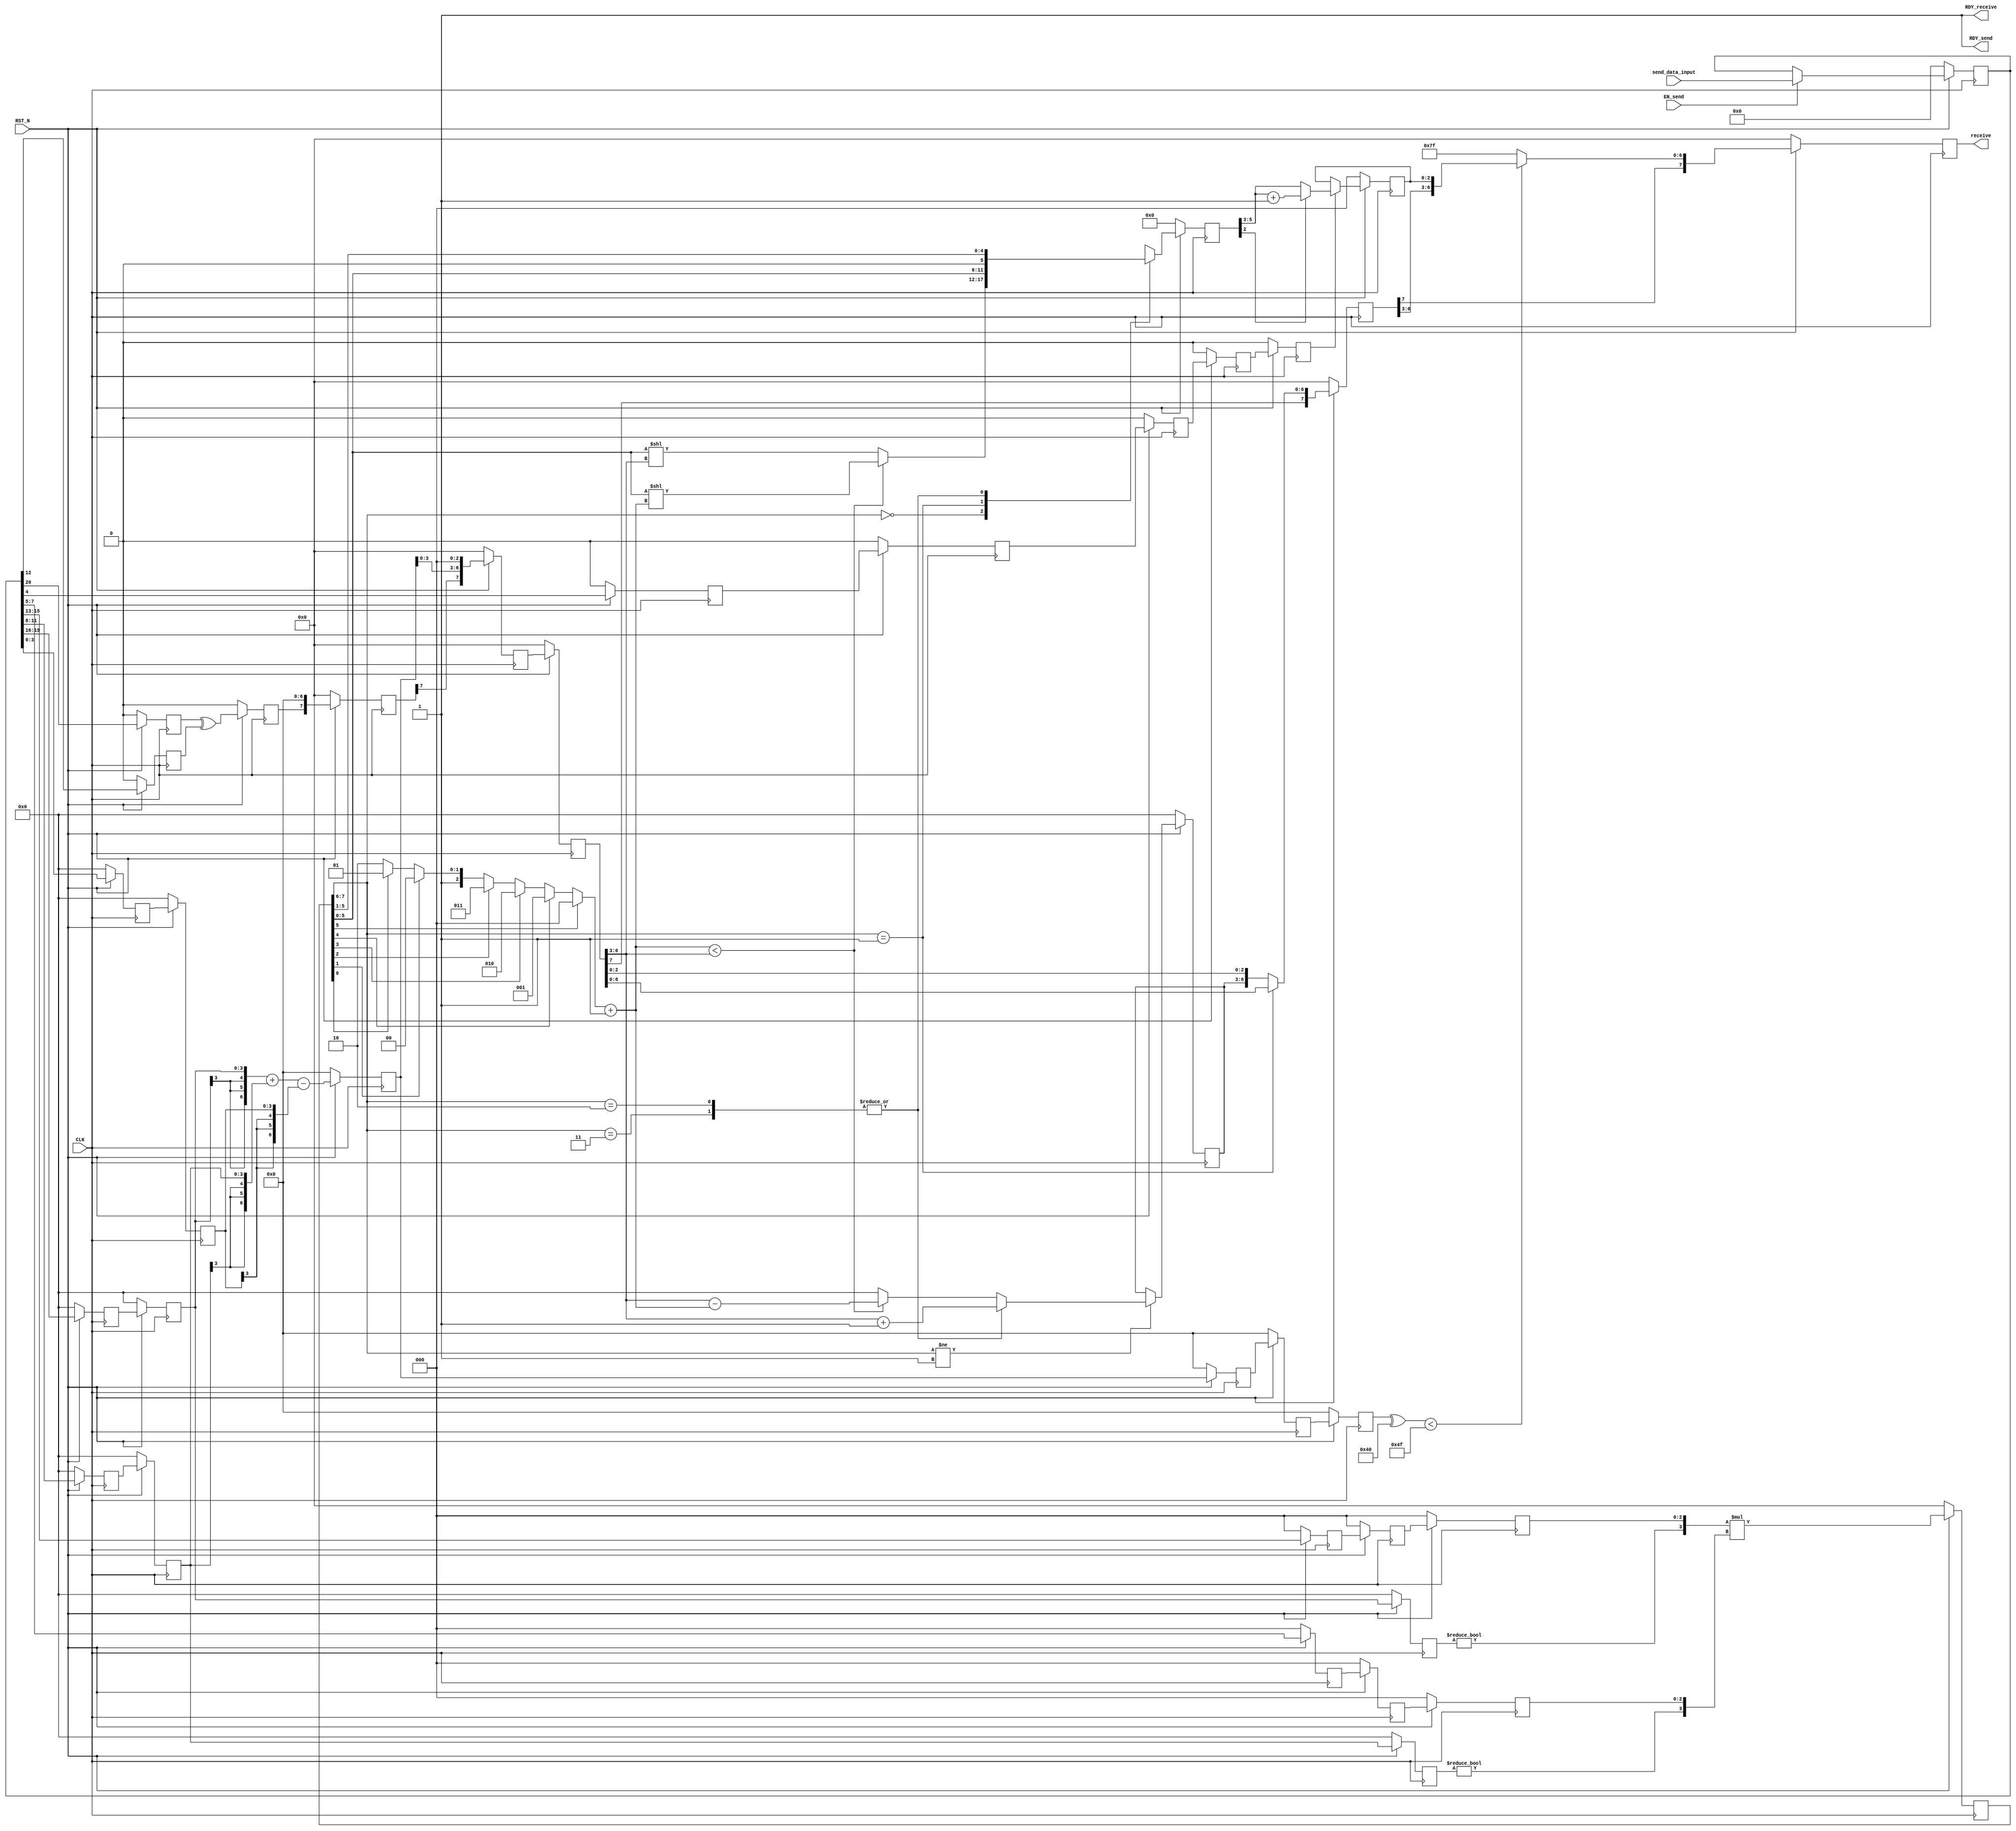
//
// Generated by Bluespec Compiler, version 2022.01-10-g3a4741b2 (build 3a4741b2)
//
// On Thu Dec 14 11:07:30 IST 2023
//
//
// Ports:
// Name                         I/O  size props
// RDY_send                       O     1 const
// receive                        O     8 reg
// RDY_receive                    O     1 const
// CLK                            I     1 clock
// RST_N                          I     1 reset
// send_data_input                I    21 reg
// EN_send                        I     1
//
// No combinational paths from inputs to outputs
//
//

`ifdef BSV_ASSIGNMENT_DELAY
`else
  `define BSV_ASSIGNMENT_DELAY
`endif

`ifdef BSV_POSITIVE_RESET
  `define BSV_RESET_VALUE 1'b1
  `define BSV_RESET_EDGE posedge
`else
  `define BSV_RESET_VALUE 1'b0
  `define BSV_RESET_EDGE negedge
`endif

module cfloat8_mul(CLK,
		   RST_N,

		   send_data_input,
		   EN_send,
		   RDY_send,

		   receive,
		   RDY_receive);
  input  CLK;
  input  RST_N;

  // action method send
  input  [20 : 0] send_data_input;
  input  EN_send;
  output RDY_send;

  // value method receive
  output [7 : 0] receive;
  output RDY_receive;

  // signals for module outputs
  wire [7 : 0] receive;
  wire RDY_receive, RDY_send;

  // register buffer1_bias
  reg [3 : 0] buffer1_bias;
  wire [3 : 0] buffer1_bias$D_IN;
  wire buffer1_bias$EN;

  // register buffer1_exp1
  reg [3 : 0] buffer1_exp1;
  wire [3 : 0] buffer1_exp1$D_IN;
  wire buffer1_exp1$EN;

  // register buffer1_exp2
  reg [3 : 0] buffer1_exp2;
  wire [3 : 0] buffer1_exp2$D_IN;
  wire buffer1_exp2$EN;

  // register buffer1_man1
  reg [2 : 0] buffer1_man1;
  wire [2 : 0] buffer1_man1$D_IN;
  wire buffer1_man1$EN;

  // register buffer1_man2
  reg [2 : 0] buffer1_man2;
  wire [2 : 0] buffer1_man2$D_IN;
  wire buffer1_man2$EN;

  // register buffer1_rmode
  reg buffer1_rmode;
  wire buffer1_rmode$D_IN, buffer1_rmode$EN;

  // register buffer1_sign1
  reg buffer1_sign1;
  wire buffer1_sign1$D_IN, buffer1_sign1$EN;

  // register buffer1_sign2
  reg buffer1_sign2;
  wire buffer1_sign2$D_IN, buffer1_sign2$EN;

  // register buffer2_bias
  reg [3 : 0] buffer2_bias;
  wire [3 : 0] buffer2_bias$D_IN;
  wire buffer2_bias$EN;

  // register buffer2_exp1
  reg [3 : 0] buffer2_exp1;
  wire [3 : 0] buffer2_exp1$D_IN;
  wire buffer2_exp1$EN;

  // register buffer2_exp2
  reg [3 : 0] buffer2_exp2;
  wire [3 : 0] buffer2_exp2$D_IN;
  wire buffer2_exp2$EN;

  // register buffer2_man1
  reg [2 : 0] buffer2_man1;
  wire [2 : 0] buffer2_man1$D_IN;
  wire buffer2_man1$EN;

  // register buffer2_man2
  reg [2 : 0] buffer2_man2;
  wire [2 : 0] buffer2_man2$D_IN;
  wire buffer2_man2$EN;

  // register buffer2_rmode
  reg buffer2_rmode;
  wire buffer2_rmode$D_IN, buffer2_rmode$EN;

  // register buffer2_sign1
  reg buffer2_sign1;
  wire buffer2_sign1$D_IN, buffer2_sign1$EN;

  // register buffer2_sign2
  reg buffer2_sign2;
  wire buffer2_sign2$D_IN, buffer2_sign2$EN;

  // register buffer3_bias
  reg [3 : 0] buffer3_bias;
  wire [3 : 0] buffer3_bias$D_IN;
  wire buffer3_bias$EN;

  // register buffer3_exp
  reg [3 : 0] buffer3_exp;
  wire [3 : 0] buffer3_exp$D_IN;
  wire buffer3_exp$EN;

  // register buffer3_exp1
  reg [3 : 0] buffer3_exp1;
  wire [3 : 0] buffer3_exp1$D_IN;
  wire buffer3_exp1$EN;

  // register buffer3_exp2
  reg [3 : 0] buffer3_exp2;
  wire [3 : 0] buffer3_exp2$D_IN;
  wire buffer3_exp2$EN;

  // register buffer3_man1
  reg [2 : 0] buffer3_man1;
  wire [2 : 0] buffer3_man1$D_IN;
  wire buffer3_man1$EN;

  // register buffer3_man2
  reg [2 : 0] buffer3_man2;
  wire [2 : 0] buffer3_man2$D_IN;
  wire buffer3_man2$EN;

  // register buffer3_rmode
  reg buffer3_rmode;
  wire buffer3_rmode$D_IN, buffer3_rmode$EN;

  // register buffer3_sign1
  reg buffer3_sign1;
  wire buffer3_sign1$D_IN, buffer3_sign1$EN;

  // register buffer3_sign2
  reg buffer3_sign2;
  wire buffer3_sign2$D_IN, buffer3_sign2$EN;

  // register buffer4_bias
  reg [3 : 0] buffer4_bias;
  wire [3 : 0] buffer4_bias$D_IN;
  wire buffer4_bias$EN;

  // register buffer4_exp
  reg [3 : 0] buffer4_exp;
  wire [3 : 0] buffer4_exp$D_IN;
  wire buffer4_exp$EN;

  // register buffer4_exp1
  reg [3 : 0] buffer4_exp1;
  wire [3 : 0] buffer4_exp1$D_IN;
  wire buffer4_exp1$EN;

  // register buffer4_exp2
  reg [3 : 0] buffer4_exp2;
  wire [3 : 0] buffer4_exp2$D_IN;
  wire buffer4_exp2$EN;

  // register buffer4_man1
  reg [2 : 0] buffer4_man1;
  wire [2 : 0] buffer4_man1$D_IN;
  wire buffer4_man1$EN;

  // register buffer4_man2
  reg [2 : 0] buffer4_man2;
  wire [2 : 0] buffer4_man2$D_IN;
  wire buffer4_man2$EN;

  // register buffer4_rmode
  reg buffer4_rmode;
  wire buffer4_rmode$D_IN, buffer4_rmode$EN;

  // register buffer4_sign1
  reg buffer4_sign1;
  wire buffer4_sign1$D_IN, buffer4_sign1$EN;

  // register buffer4_sign2
  reg buffer4_sign2;
  wire buffer4_sign2$D_IN, buffer4_sign2$EN;

  // register buffer5_bias
  reg [3 : 0] buffer5_bias;
  wire [3 : 0] buffer5_bias$D_IN;
  wire buffer5_bias$EN;

  // register buffer5_rmode
  reg buffer5_rmode;
  wire buffer5_rmode$D_IN, buffer5_rmode$EN;

  // register exp_op1
  reg [3 : 0] exp_op1;
  wire [3 : 0] exp_op1$D_IN;
  wire exp_op1$EN;

  // register exp_op2
  reg [3 : 0] exp_op2;
  wire [3 : 0] exp_op2$D_IN;
  wire exp_op2$EN;

  // register final_bias
  reg [3 : 0] final_bias;
  wire [3 : 0] final_bias$D_IN;
  wire final_bias$EN;

  // register final_exp
  reg [6 : 0] final_exp;
  wire [6 : 0] final_exp$D_IN;
  wire final_exp$EN;

  // register final_man
  reg [7 : 0] final_man;
  wire [7 : 0] final_man$D_IN;
  wire final_man$EN;

  // register final_sign
  reg final_sign;
  wire final_sign$D_IN, final_sign$EN;

  // register man_op1
  reg [2 : 0] man_op1;
  wire [2 : 0] man_op1$D_IN;
  wire man_op1$EN;

  // register man_op2
  reg [2 : 0] man_op2;
  wire [2 : 0] man_op2$D_IN;
  wire man_op2$EN;

  // register normalized_count
  reg [3 : 0] normalized_count;
  wire [3 : 0] normalized_count$D_IN;
  wire normalized_count$EN;

  // register normalized_exp
  reg [3 : 0] normalized_exp;
  reg [3 : 0] normalized_exp$D_IN;
  wire normalized_exp$EN;

  // register normalized_man
  reg [5 : 0] normalized_man;
  reg [5 : 0] normalized_man$D_IN;
  wire normalized_man$EN;

  // register output_man
  reg [2 : 0] output_man;
  wire [2 : 0] output_man$D_IN;
  wire output_man$EN;

  // register rg_operands
  reg [20 : 0] rg_operands;
  wire [20 : 0] rg_operands$D_IN;
  wire rg_operands$EN;

  // register rounded_man
  reg [2 : 0] rounded_man;
  wire [2 : 0] rounded_man$D_IN;
  wire rounded_man$EN;

  // register sign_op1
  reg sign_op1;
  wire sign_op1$D_IN, sign_op1$EN;

  // register sign_op2
  reg sign_op2;
  wire sign_op2$D_IN, sign_op2$EN;

  // register stage
  reg [2 : 0] stage;
  wire [2 : 0] stage$D_IN;
  wire stage$EN;

  // register stage1_output
  reg [7 : 0] stage1_output;
  wire [7 : 0] stage1_output$D_IN;
  wire stage1_output$EN;

  // register stage2_output
  reg [7 : 0] stage2_output;
  wire [7 : 0] stage2_output$D_IN;
  wire stage2_output$EN;

  // register stage3_output
  reg [7 : 0] stage3_output;
  wire [7 : 0] stage3_output$D_IN;
  wire stage3_output$EN;

  // register stage4_output
  reg [7 : 0] stage4_output;
  wire [7 : 0] stage4_output$D_IN;
  wire stage4_output$EN;

  // register stage5_output
  reg [7 : 0] stage5_output;
  wire [7 : 0] stage5_output$D_IN;
  wire stage5_output$EN;

  // register status_flags
  reg [2 : 0] status_flags;
  wire [2 : 0] status_flags$D_IN;
  wire status_flags$EN;

  // register temp2_exp_int
  reg [6 : 0] temp2_exp_int;
  wire [6 : 0] temp2_exp_int$D_IN;
  wire temp2_exp_int$EN;

  // register temp3_exp_int
  reg [6 : 0] temp3_exp_int;
  wire [6 : 0] temp3_exp_int$D_IN;
  wire temp3_exp_int$EN;

  // register temp4_exp_int
  reg [6 : 0] temp4_exp_int;
  wire [6 : 0] temp4_exp_int$D_IN;
  wire temp4_exp_int$EN;

  // register temp5_exp_int
  reg [6 : 0] temp5_exp_int;
  wire [6 : 0] temp5_exp_int$D_IN;
  wire temp5_exp_int$EN;

  // rule scheduling signals
  wire CAN_FIRE_RL_stage1,
       CAN_FIRE_RL_stage2,
       CAN_FIRE_RL_stage3,
       CAN_FIRE_RL_stage4,
       CAN_FIRE_RL_stage5,
       CAN_FIRE_send,
       WILL_FIRE_RL_stage1,
       WILL_FIRE_RL_stage2,
       WILL_FIRE_RL_stage3,
       WILL_FIRE_RL_stage4,
       WILL_FIRE_RL_stage5,
       WILL_FIRE_send;

  // remaining internal signals
  wire [15 : 0] _0_CONCAT_NOT_buffer3_exp1_1_EQ_0_2_3_CONCAT_bu_ETC___d53;
  wire [7 : 0] inter_mantissa1__h3123, inter_mantissa2__h3124;
  wire [5 : 0] IF_0_CONCAT_IF_final_man_1_BIT_5_0_THEN_0_ELSE_ETC___d89,
	       x__h4722,
	       x__h4785,
	       x__h4852;
  wire [3 : 0] count_temp__h3621, x__h3155, x__h3163, x__h4924, x__h4985;
  wire [2 : 0] rounded_value__h5244, x__h3624;
  wire _0_CONCAT_IF_final_man_1_BIT_5_0_THEN_0_ELSE_IF_ETC___d86,
       hidden_bit_op1__h3121,
       hidden_bit_op2__h3122;

  // action method send
  assign RDY_send = 1'd1 ;
  assign CAN_FIRE_send = 1'd1 ;
  assign WILL_FIRE_send = EN_send ;

  // value method receive
  assign receive = stage5_output ;
  assign RDY_receive = 1'd1 ;

  // rule RL_stage5
  assign CAN_FIRE_RL_stage5 = 1'd1 ;
  assign WILL_FIRE_RL_stage5 = 1'd1 ;

  // rule RL_stage4
  assign CAN_FIRE_RL_stage4 = 1'd1 ;
  assign WILL_FIRE_RL_stage4 = 1'd1 ;

  // rule RL_stage3
  assign CAN_FIRE_RL_stage3 = 1'd1 ;
  assign WILL_FIRE_RL_stage3 = 1'd1 ;

  // rule RL_stage2
  assign CAN_FIRE_RL_stage2 = 1'd1 ;
  assign WILL_FIRE_RL_stage2 = 1'd1 ;

  // rule RL_stage1
  assign CAN_FIRE_RL_stage1 = 1'd1 ;
  assign WILL_FIRE_RL_stage1 = 1'd1 ;

  // register buffer1_bias
  assign buffer1_bias$D_IN = rg_operands[3:0] ;
  assign buffer1_bias$EN = 1'd1 ;

  // register buffer1_exp1
  assign buffer1_exp1$D_IN = rg_operands[19:16] ;
  assign buffer1_exp1$EN = 1'd1 ;

  // register buffer1_exp2
  assign buffer1_exp2$D_IN = rg_operands[11:8] ;
  assign buffer1_exp2$EN = 1'd1 ;

  // register buffer1_man1
  assign buffer1_man1$D_IN = rg_operands[15:13] ;
  assign buffer1_man1$EN = 1'd1 ;

  // register buffer1_man2
  assign buffer1_man2$D_IN = rg_operands[7:5] ;
  assign buffer1_man2$EN = 1'd1 ;

  // register buffer1_rmode
  assign buffer1_rmode$D_IN = rg_operands[4] ;
  assign buffer1_rmode$EN = 1'd1 ;

  // register buffer1_sign1
  assign buffer1_sign1$D_IN = rg_operands[20] ;
  assign buffer1_sign1$EN = 1'd1 ;

  // register buffer1_sign2
  assign buffer1_sign2$D_IN = rg_operands[12] ;
  assign buffer1_sign2$EN = 1'd1 ;

  // register buffer2_bias
  assign buffer2_bias$D_IN = buffer1_bias ;
  assign buffer2_bias$EN = 1'd1 ;

  // register buffer2_exp1
  assign buffer2_exp1$D_IN = buffer1_exp1 ;
  assign buffer2_exp1$EN = 1'd1 ;

  // register buffer2_exp2
  assign buffer2_exp2$D_IN = buffer1_exp2 ;
  assign buffer2_exp2$EN = 1'd1 ;

  // register buffer2_man1
  assign buffer2_man1$D_IN = buffer1_man1 ;
  assign buffer2_man1$EN = 1'd1 ;

  // register buffer2_man2
  assign buffer2_man2$D_IN = buffer1_man2 ;
  assign buffer2_man2$EN = 1'd1 ;

  // register buffer2_rmode
  assign buffer2_rmode$D_IN = buffer1_rmode ;
  assign buffer2_rmode$EN = 1'd1 ;

  // register buffer2_sign1
  assign buffer2_sign1$D_IN = buffer1_sign1 ;
  assign buffer2_sign1$EN = 1'd1 ;

  // register buffer2_sign2
  assign buffer2_sign2$D_IN = buffer1_sign2 ;
  assign buffer2_sign2$EN = 1'd1 ;

  // register buffer3_bias
  assign buffer3_bias$D_IN = buffer2_bias ;
  assign buffer3_bias$EN = 1'd1 ;

  // register buffer3_exp
  assign buffer3_exp$D_IN = stage2_output[6:3] ;
  assign buffer3_exp$EN = 1'd1 ;

  // register buffer3_exp1
  assign buffer3_exp1$D_IN = buffer2_exp1 ;
  assign buffer3_exp1$EN = 1'd1 ;

  // register buffer3_exp2
  assign buffer3_exp2$D_IN = buffer2_exp2 ;
  assign buffer3_exp2$EN = 1'd1 ;

  // register buffer3_man1
  assign buffer3_man1$D_IN = buffer2_man1 ;
  assign buffer3_man1$EN = 1'd1 ;

  // register buffer3_man2
  assign buffer3_man2$D_IN = buffer2_man2 ;
  assign buffer3_man2$EN = 1'd1 ;

  // register buffer3_rmode
  assign buffer3_rmode$D_IN = buffer2_rmode ;
  assign buffer3_rmode$EN = 1'd1 ;

  // register buffer3_sign1
  assign buffer3_sign1$D_IN = buffer2_sign1 ;
  assign buffer3_sign1$EN = 1'd1 ;

  // register buffer3_sign2
  assign buffer3_sign2$D_IN = buffer2_sign2 ;
  assign buffer3_sign2$EN = 1'd1 ;

  // register buffer4_bias
  assign buffer4_bias$D_IN = buffer3_bias ;
  assign buffer4_bias$EN = 1'd1 ;

  // register buffer4_exp
  assign buffer4_exp$D_IN = buffer3_exp ;
  assign buffer4_exp$EN = 1'd1 ;

  // register buffer4_exp1
  assign buffer4_exp1$D_IN = buffer3_exp1 ;
  assign buffer4_exp1$EN = 1'd1 ;

  // register buffer4_exp2
  assign buffer4_exp2$D_IN = buffer3_exp2 ;
  assign buffer4_exp2$EN = 1'd1 ;

  // register buffer4_man1
  assign buffer4_man1$D_IN = buffer3_man1 ;
  assign buffer4_man1$EN = 1'd1 ;

  // register buffer4_man2
  assign buffer4_man2$D_IN = buffer3_man2 ;
  assign buffer4_man2$EN = 1'd1 ;

  // register buffer4_rmode
  assign buffer4_rmode$D_IN = buffer3_rmode ;
  assign buffer4_rmode$EN = 1'd1 ;

  // register buffer4_sign1
  assign buffer4_sign1$D_IN = buffer3_sign1 ;
  assign buffer4_sign1$EN = 1'd1 ;

  // register buffer4_sign2
  assign buffer4_sign2$D_IN = buffer3_sign2 ;
  assign buffer4_sign2$EN = 1'd1 ;

  // register buffer5_bias
  assign buffer5_bias$D_IN = buffer4_bias ;
  assign buffer5_bias$EN = 1'd1 ;

  // register buffer5_rmode
  assign buffer5_rmode$D_IN = buffer4_rmode ;
  assign buffer5_rmode$EN = 1'd1 ;

  // register exp_op1
  assign exp_op1$D_IN = 4'h0 ;
  assign exp_op1$EN = 1'b0 ;

  // register exp_op2
  assign exp_op2$D_IN = 4'h0 ;
  assign exp_op2$EN = 1'b0 ;

  // register final_bias
  assign final_bias$D_IN = 4'h0 ;
  assign final_bias$EN = 1'b0 ;

  // register final_exp
  assign final_exp$D_IN = 7'h0 ;
  assign final_exp$EN = 1'b0 ;

  // register final_man
  assign final_man$D_IN =
	     _0_CONCAT_NOT_buffer3_exp1_1_EQ_0_2_3_CONCAT_bu_ETC___d53[7:0] ;
  assign final_man$EN = 1'd1 ;

  // register final_sign
  assign final_sign$D_IN = buffer1_sign1 ^ buffer1_sign2 ;
  assign final_sign$EN = 1'd1 ;

  // register man_op1
  assign man_op1$D_IN = 3'h0 ;
  assign man_op1$EN = 1'b0 ;

  // register man_op2
  assign man_op2$D_IN = 3'h0 ;
  assign man_op2$EN = 1'b0 ;

  // register normalized_count
  assign normalized_count$D_IN = 4'h0 ;
  assign normalized_count$EN = 1'b0 ;

  // register normalized_exp
  always@(final_man or
	  _0_CONCAT_IF_final_man_1_BIT_5_0_THEN_0_ELSE_IF_ETC___d86 or
	  x__h4985 or x__h4924)
  begin
    case (final_man[7:6])
      2'b10, 2'b11: normalized_exp$D_IN = x__h4924;
      default: normalized_exp$D_IN =
		   _0_CONCAT_IF_final_man_1_BIT_5_0_THEN_0_ELSE_IF_ETC___d86 ?
		     x__h4985 :
		     4'd0;
    endcase
  end
  assign normalized_exp$EN = final_man[7:6] != 2'b01 ;

  // register normalized_man
  always@(final_man or
	  IF_0_CONCAT_IF_final_man_1_BIT_5_0_THEN_0_ELSE_ETC___d89 or
	  x__h4722)
  begin
    case (final_man[7:6])
      2'd0:
	  normalized_man$D_IN =
	      IF_0_CONCAT_IF_final_man_1_BIT_5_0_THEN_0_ELSE_ETC___d89;
      2'b01: normalized_man$D_IN = final_man[5:0];
      2'b10, 2'b11: normalized_man$D_IN = x__h4722;
    endcase
  end
  assign normalized_man$EN = 1'd1 ;

  // register output_man
  assign output_man$D_IN = 3'h0 ;
  assign output_man$EN = 1'b0 ;

  // register rg_operands
  assign rg_operands$D_IN = send_data_input ;
  assign rg_operands$EN = EN_send ;

  // register rounded_man
  assign rounded_man$D_IN =
	     normalized_man[2] ? rounded_value__h5244 : normalized_man[5:3] ;
  assign rounded_man$EN = buffer5_rmode ;

  // register sign_op1
  assign sign_op1$D_IN = 1'b0 ;
  assign sign_op1$EN = 1'b0 ;

  // register sign_op2
  assign sign_op2$D_IN = 1'b0 ;
  assign sign_op2$EN = 1'b0 ;

  // register stage
  assign stage$D_IN = 3'h0 ;
  assign stage$EN = 1'b0 ;

  // register stage1_output
  assign stage1_output$D_IN = { final_sign, 7'd0 } ;
  assign stage1_output$EN = 1'd1 ;

  // register stage2_output
  assign stage2_output$D_IN = { stage1_output[7], temp2_exp_int[3:0], 3'b0 } ;
  assign stage2_output$EN = 1'd1 ;

  // register stage3_output
  assign stage3_output$D_IN = stage2_output ;
  assign stage3_output$EN = 1'd1 ;

  // register stage4_output
  assign stage4_output$D_IN =
	     (final_man[7:6] == 2'b01) ?
	       stage3_output :
	       { stage3_output[7], normalized_exp, stage3_output[2:0] } ;
  assign stage4_output$EN = 1'd1 ;

  // register stage5_output
  assign stage5_output$D_IN =
	     { stage4_output[7],
	       ((temp5_exp_int ^ 7'h40) < 7'd79) ?
		 { stage4_output[6:3], rounded_man } :
		 7'd127 } ;
  assign stage5_output$EN = 1'd1 ;

  // register status_flags
  assign status_flags$D_IN =
	     (stage5_output[6:3] == 4'b0 && stage5_output[2:0] == 3'b0) ?
	       3'b001 :
	       ((stage5_output[6:3] == 4'b0 && stage5_output[2:0] != 3'b0) ?
		  3'b010 :
		  3'b100) ;
  assign status_flags$EN = 1'd1 ;

  // register temp2_exp_int
  assign temp2_exp_int$D_IN =
	     { {3{buffer2_exp1[3]}}, buffer2_exp1 } +
	     { {3{buffer2_exp2[3]}}, buffer2_exp2 } -
	     { {3{buffer2_bias[3]}}, buffer2_bias } ;
  assign temp2_exp_int$EN = 1'd1 ;

  // register temp3_exp_int
  assign temp3_exp_int$D_IN = temp2_exp_int ;
  assign temp3_exp_int$EN = 1'd1 ;

  // register temp4_exp_int
  assign temp4_exp_int$D_IN = temp3_exp_int ;
  assign temp4_exp_int$EN = 1'd1 ;

  // register temp5_exp_int
  assign temp5_exp_int$D_IN = temp4_exp_int ;
  assign temp5_exp_int$EN = 1'd1 ;

  // remaining internal signals
  assign IF_0_CONCAT_IF_final_man_1_BIT_5_0_THEN_0_ELSE_ETC___d89 =
	     _0_CONCAT_IF_final_man_1_BIT_5_0_THEN_0_ELSE_IF_ETC___d86 ?
	       x__h4785 :
	       x__h4852 ;
  assign _0_CONCAT_IF_final_man_1_BIT_5_0_THEN_0_ELSE_IF_ETC___d86 =
	     count_temp__h3621 < stage3_output[6:3] ;
  assign _0_CONCAT_NOT_buffer3_exp1_1_EQ_0_2_3_CONCAT_bu_ETC___d53 =
	     inter_mantissa1__h3123 * inter_mantissa2__h3124 ;
  assign count_temp__h3621 = { 1'd0, x__h3624 } ;
  assign hidden_bit_op1__h3121 = buffer3_exp1 != 4'd0 ;
  assign hidden_bit_op2__h3122 = buffer3_exp2 != 4'd0 ;
  assign inter_mantissa1__h3123 = { 4'd0, x__h3155 } ;
  assign inter_mantissa2__h3124 = { 4'd0, x__h3163 } ;
  assign rounded_value__h5244 = normalized_man[5:3] + 3'b001 ;
  assign x__h3155 = { hidden_bit_op1__h3121, buffer3_man1 } ;
  assign x__h3163 = { hidden_bit_op2__h3122, buffer3_man2 } ;
  assign x__h3624 =
	     (final_man[5] ?
		3'd0 :
		(final_man[4] ?
		   3'd1 :
		   (final_man[3] ?
		      3'd2 :
		      (final_man[2] ?
			 3'd3 :
			 (final_man[1] ?
			    3'd4 :
			    (final_man[0] ? 3'd5 : 3'd6)))))) +
	     3'd1 ;
  assign x__h4722 = { 1'd0, final_man[5:1] } ;
  assign x__h4785 = final_man[5:0] << count_temp__h3621 ;
  assign x__h4852 = final_man[5:0] << stage3_output[6:3] ;
  assign x__h4924 = stage3_output[6:3] + 4'd1 ;
  assign x__h4985 = stage3_output[6:3] - count_temp__h3621 ;

  // handling of inlined registers

  always@(posedge CLK)
  begin
    if (RST_N == `BSV_RESET_VALUE)
      begin
        buffer1_bias <= `BSV_ASSIGNMENT_DELAY 4'd0;
	buffer1_exp1 <= `BSV_ASSIGNMENT_DELAY 4'd0;
	buffer1_exp2 <= `BSV_ASSIGNMENT_DELAY 4'd0;
	buffer1_man1 <= `BSV_ASSIGNMENT_DELAY 3'd0;
	buffer1_man2 <= `BSV_ASSIGNMENT_DELAY 3'd0;
	buffer1_rmode <= `BSV_ASSIGNMENT_DELAY 1'd0;
	buffer1_sign1 <= `BSV_ASSIGNMENT_DELAY 1'd0;
	buffer1_sign2 <= `BSV_ASSIGNMENT_DELAY 1'd0;
	buffer2_bias <= `BSV_ASSIGNMENT_DELAY 4'd0;
	buffer2_exp1 <= `BSV_ASSIGNMENT_DELAY 4'd0;
	buffer2_exp2 <= `BSV_ASSIGNMENT_DELAY 4'd0;
	buffer2_man1 <= `BSV_ASSIGNMENT_DELAY 3'd0;
	buffer2_man2 <= `BSV_ASSIGNMENT_DELAY 3'd0;
	buffer2_rmode <= `BSV_ASSIGNMENT_DELAY 1'd0;
	buffer2_sign1 <= `BSV_ASSIGNMENT_DELAY 1'd0;
	buffer2_sign2 <= `BSV_ASSIGNMENT_DELAY 1'd0;
	buffer3_bias <= `BSV_ASSIGNMENT_DELAY 4'd0;
	buffer3_exp <= `BSV_ASSIGNMENT_DELAY 4'd0;
	buffer3_exp1 <= `BSV_ASSIGNMENT_DELAY 4'd0;
	buffer3_exp2 <= `BSV_ASSIGNMENT_DELAY 4'd0;
	buffer3_man1 <= `BSV_ASSIGNMENT_DELAY 3'd0;
	buffer3_man2 <= `BSV_ASSIGNMENT_DELAY 3'd0;
	buffer3_rmode <= `BSV_ASSIGNMENT_DELAY 1'd0;
	buffer3_sign1 <= `BSV_ASSIGNMENT_DELAY 1'd0;
	buffer3_sign2 <= `BSV_ASSIGNMENT_DELAY 1'd0;
	buffer4_bias <= `BSV_ASSIGNMENT_DELAY 4'd0;
	buffer4_exp <= `BSV_ASSIGNMENT_DELAY 4'd0;
	buffer4_exp1 <= `BSV_ASSIGNMENT_DELAY 4'd0;
	buffer4_exp2 <= `BSV_ASSIGNMENT_DELAY 4'd0;
	buffer4_man1 <= `BSV_ASSIGNMENT_DELAY 3'd0;
	buffer4_man2 <= `BSV_ASSIGNMENT_DELAY 3'd0;
	buffer4_rmode <= `BSV_ASSIGNMENT_DELAY 1'd0;
	buffer4_sign1 <= `BSV_ASSIGNMENT_DELAY 1'd0;
	buffer4_sign2 <= `BSV_ASSIGNMENT_DELAY 1'd0;
	buffer5_bias <= `BSV_ASSIGNMENT_DELAY 4'd0;
	buffer5_rmode <= `BSV_ASSIGNMENT_DELAY 1'd0;
	exp_op1 <= `BSV_ASSIGNMENT_DELAY 4'd0;
	exp_op2 <= `BSV_ASSIGNMENT_DELAY 4'd0;
	final_bias <= `BSV_ASSIGNMENT_DELAY 4'd0;
	final_exp <= `BSV_ASSIGNMENT_DELAY 7'd0;
	final_man <= `BSV_ASSIGNMENT_DELAY 8'd0;
	final_sign <= `BSV_ASSIGNMENT_DELAY 1'd0;
	man_op1 <= `BSV_ASSIGNMENT_DELAY 3'd0;
	man_op2 <= `BSV_ASSIGNMENT_DELAY 3'd0;
	normalized_count <= `BSV_ASSIGNMENT_DELAY 4'd0;
	normalized_exp <= `BSV_ASSIGNMENT_DELAY 4'd0;
	normalized_man <= `BSV_ASSIGNMENT_DELAY 6'd0;
	output_man <= `BSV_ASSIGNMENT_DELAY 3'd0;
	rg_operands <= `BSV_ASSIGNMENT_DELAY 21'd0;
	rounded_man <= `BSV_ASSIGNMENT_DELAY 3'd0;
	sign_op1 <= `BSV_ASSIGNMENT_DELAY 1'd0;
	sign_op2 <= `BSV_ASSIGNMENT_DELAY 1'd0;
	stage <= `BSV_ASSIGNMENT_DELAY 3'd1;
	stage1_output <= `BSV_ASSIGNMENT_DELAY 8'd0;
	stage2_output <= `BSV_ASSIGNMENT_DELAY 8'd0;
	stage3_output <= `BSV_ASSIGNMENT_DELAY 8'd0;
	stage4_output <= `BSV_ASSIGNMENT_DELAY 8'd0;
	stage5_output <= `BSV_ASSIGNMENT_DELAY 8'd0;
	status_flags <= `BSV_ASSIGNMENT_DELAY 3'd0;
	temp2_exp_int <= `BSV_ASSIGNMENT_DELAY 7'd0;
	temp3_exp_int <= `BSV_ASSIGNMENT_DELAY 7'd0;
	temp4_exp_int <= `BSV_ASSIGNMENT_DELAY 7'd0;
	temp5_exp_int <= `BSV_ASSIGNMENT_DELAY 7'd0;
      end
    else
      begin
        if (buffer1_bias$EN)
	  buffer1_bias <= `BSV_ASSIGNMENT_DELAY buffer1_bias$D_IN;
	if (buffer1_exp1$EN)
	  buffer1_exp1 <= `BSV_ASSIGNMENT_DELAY buffer1_exp1$D_IN;
	if (buffer1_exp2$EN)
	  buffer1_exp2 <= `BSV_ASSIGNMENT_DELAY buffer1_exp2$D_IN;
	if (buffer1_man1$EN)
	  buffer1_man1 <= `BSV_ASSIGNMENT_DELAY buffer1_man1$D_IN;
	if (buffer1_man2$EN)
	  buffer1_man2 <= `BSV_ASSIGNMENT_DELAY buffer1_man2$D_IN;
	if (buffer1_rmode$EN)
	  buffer1_rmode <= `BSV_ASSIGNMENT_DELAY buffer1_rmode$D_IN;
	if (buffer1_sign1$EN)
	  buffer1_sign1 <= `BSV_ASSIGNMENT_DELAY buffer1_sign1$D_IN;
	if (buffer1_sign2$EN)
	  buffer1_sign2 <= `BSV_ASSIGNMENT_DELAY buffer1_sign2$D_IN;
	if (buffer2_bias$EN)
	  buffer2_bias <= `BSV_ASSIGNMENT_DELAY buffer2_bias$D_IN;
	if (buffer2_exp1$EN)
	  buffer2_exp1 <= `BSV_ASSIGNMENT_DELAY buffer2_exp1$D_IN;
	if (buffer2_exp2$EN)
	  buffer2_exp2 <= `BSV_ASSIGNMENT_DELAY buffer2_exp2$D_IN;
	if (buffer2_man1$EN)
	  buffer2_man1 <= `BSV_ASSIGNMENT_DELAY buffer2_man1$D_IN;
	if (buffer2_man2$EN)
	  buffer2_man2 <= `BSV_ASSIGNMENT_DELAY buffer2_man2$D_IN;
	if (buffer2_rmode$EN)
	  buffer2_rmode <= `BSV_ASSIGNMENT_DELAY buffer2_rmode$D_IN;
	if (buffer2_sign1$EN)
	  buffer2_sign1 <= `BSV_ASSIGNMENT_DELAY buffer2_sign1$D_IN;
	if (buffer2_sign2$EN)
	  buffer2_sign2 <= `BSV_ASSIGNMENT_DELAY buffer2_sign2$D_IN;
	if (buffer3_bias$EN)
	  buffer3_bias <= `BSV_ASSIGNMENT_DELAY buffer3_bias$D_IN;
	if (buffer3_exp$EN)
	  buffer3_exp <= `BSV_ASSIGNMENT_DELAY buffer3_exp$D_IN;
	if (buffer3_exp1$EN)
	  buffer3_exp1 <= `BSV_ASSIGNMENT_DELAY buffer3_exp1$D_IN;
	if (buffer3_exp2$EN)
	  buffer3_exp2 <= `BSV_ASSIGNMENT_DELAY buffer3_exp2$D_IN;
	if (buffer3_man1$EN)
	  buffer3_man1 <= `BSV_ASSIGNMENT_DELAY buffer3_man1$D_IN;
	if (buffer3_man2$EN)
	  buffer3_man2 <= `BSV_ASSIGNMENT_DELAY buffer3_man2$D_IN;
	if (buffer3_rmode$EN)
	  buffer3_rmode <= `BSV_ASSIGNMENT_DELAY buffer3_rmode$D_IN;
	if (buffer3_sign1$EN)
	  buffer3_sign1 <= `BSV_ASSIGNMENT_DELAY buffer3_sign1$D_IN;
	if (buffer3_sign2$EN)
	  buffer3_sign2 <= `BSV_ASSIGNMENT_DELAY buffer3_sign2$D_IN;
	if (buffer4_bias$EN)
	  buffer4_bias <= `BSV_ASSIGNMENT_DELAY buffer4_bias$D_IN;
	if (buffer4_exp$EN)
	  buffer4_exp <= `BSV_ASSIGNMENT_DELAY buffer4_exp$D_IN;
	if (buffer4_exp1$EN)
	  buffer4_exp1 <= `BSV_ASSIGNMENT_DELAY buffer4_exp1$D_IN;
	if (buffer4_exp2$EN)
	  buffer4_exp2 <= `BSV_ASSIGNMENT_DELAY buffer4_exp2$D_IN;
	if (buffer4_man1$EN)
	  buffer4_man1 <= `BSV_ASSIGNMENT_DELAY buffer4_man1$D_IN;
	if (buffer4_man2$EN)
	  buffer4_man2 <= `BSV_ASSIGNMENT_DELAY buffer4_man2$D_IN;
	if (buffer4_rmode$EN)
	  buffer4_rmode <= `BSV_ASSIGNMENT_DELAY buffer4_rmode$D_IN;
	if (buffer4_sign1$EN)
	  buffer4_sign1 <= `BSV_ASSIGNMENT_DELAY buffer4_sign1$D_IN;
	if (buffer4_sign2$EN)
	  buffer4_sign2 <= `BSV_ASSIGNMENT_DELAY buffer4_sign2$D_IN;
	if (buffer5_bias$EN)
	  buffer5_bias <= `BSV_ASSIGNMENT_DELAY buffer5_bias$D_IN;
	if (buffer5_rmode$EN)
	  buffer5_rmode <= `BSV_ASSIGNMENT_DELAY buffer5_rmode$D_IN;
	if (exp_op1$EN) exp_op1 <= `BSV_ASSIGNMENT_DELAY exp_op1$D_IN;
	if (exp_op2$EN) exp_op2 <= `BSV_ASSIGNMENT_DELAY exp_op2$D_IN;
	if (final_bias$EN)
	  final_bias <= `BSV_ASSIGNMENT_DELAY final_bias$D_IN;
	if (final_exp$EN) final_exp <= `BSV_ASSIGNMENT_DELAY final_exp$D_IN;
	if (final_man$EN) final_man <= `BSV_ASSIGNMENT_DELAY final_man$D_IN;
	if (final_sign$EN)
	  final_sign <= `BSV_ASSIGNMENT_DELAY final_sign$D_IN;
	if (man_op1$EN) man_op1 <= `BSV_ASSIGNMENT_DELAY man_op1$D_IN;
	if (man_op2$EN) man_op2 <= `BSV_ASSIGNMENT_DELAY man_op2$D_IN;
	if (normalized_count$EN)
	  normalized_count <= `BSV_ASSIGNMENT_DELAY normalized_count$D_IN;
	if (normalized_exp$EN)
	  normalized_exp <= `BSV_ASSIGNMENT_DELAY normalized_exp$D_IN;
	if (normalized_man$EN)
	  normalized_man <= `BSV_ASSIGNMENT_DELAY normalized_man$D_IN;
	if (output_man$EN)
	  output_man <= `BSV_ASSIGNMENT_DELAY output_man$D_IN;
	if (rg_operands$EN)
	  rg_operands <= `BSV_ASSIGNMENT_DELAY rg_operands$D_IN;
	if (rounded_man$EN)
	  rounded_man <= `BSV_ASSIGNMENT_DELAY rounded_man$D_IN;
	if (sign_op1$EN) sign_op1 <= `BSV_ASSIGNMENT_DELAY sign_op1$D_IN;
	if (sign_op2$EN) sign_op2 <= `BSV_ASSIGNMENT_DELAY sign_op2$D_IN;
	if (stage$EN) stage <= `BSV_ASSIGNMENT_DELAY stage$D_IN;
	if (stage1_output$EN)
	  stage1_output <= `BSV_ASSIGNMENT_DELAY stage1_output$D_IN;
	if (stage2_output$EN)
	  stage2_output <= `BSV_ASSIGNMENT_DELAY stage2_output$D_IN;
	if (stage3_output$EN)
	  stage3_output <= `BSV_ASSIGNMENT_DELAY stage3_output$D_IN;
	if (stage4_output$EN)
	  stage4_output <= `BSV_ASSIGNMENT_DELAY stage4_output$D_IN;
	if (stage5_output$EN)
	  stage5_output <= `BSV_ASSIGNMENT_DELAY stage5_output$D_IN;
	if (status_flags$EN)
	  status_flags <= `BSV_ASSIGNMENT_DELAY status_flags$D_IN;
	if (temp2_exp_int$EN)
	  temp2_exp_int <= `BSV_ASSIGNMENT_DELAY temp2_exp_int$D_IN;
	if (temp3_exp_int$EN)
	  temp3_exp_int <= `BSV_ASSIGNMENT_DELAY temp3_exp_int$D_IN;
	if (temp4_exp_int$EN)
	  temp4_exp_int <= `BSV_ASSIGNMENT_DELAY temp4_exp_int$D_IN;
	if (temp5_exp_int$EN)
	  temp5_exp_int <= `BSV_ASSIGNMENT_DELAY temp5_exp_int$D_IN;
      end
  end

  // synopsys translate_off
  `ifdef BSV_NO_INITIAL_BLOCKS
  `else // not BSV_NO_INITIAL_BLOCKS
  initial
  begin
    buffer1_bias = 4'hA;
    buffer1_exp1 = 4'hA;
    buffer1_exp2 = 4'hA;
    buffer1_man1 = 3'h2;
    buffer1_man2 = 3'h2;
    buffer1_rmode = 1'h0;
    buffer1_sign1 = 1'h0;
    buffer1_sign2 = 1'h0;
    buffer2_bias = 4'hA;
    buffer2_exp1 = 4'hA;
    buffer2_exp2 = 4'hA;
    buffer2_man1 = 3'h2;
    buffer2_man2 = 3'h2;
    buffer2_rmode = 1'h0;
    buffer2_sign1 = 1'h0;
    buffer2_sign2 = 1'h0;
    buffer3_bias = 4'hA;
    buffer3_exp = 4'hA;
    buffer3_exp1 = 4'hA;
    buffer3_exp2 = 4'hA;
    buffer3_man1 = 3'h2;
    buffer3_man2 = 3'h2;
    buffer3_rmode = 1'h0;
    buffer3_sign1 = 1'h0;
    buffer3_sign2 = 1'h0;
    buffer4_bias = 4'hA;
    buffer4_exp = 4'hA;
    buffer4_exp1 = 4'hA;
    buffer4_exp2 = 4'hA;
    buffer4_man1 = 3'h2;
    buffer4_man2 = 3'h2;
    buffer4_rmode = 1'h0;
    buffer4_sign1 = 1'h0;
    buffer4_sign2 = 1'h0;
    buffer5_bias = 4'hA;
    buffer5_rmode = 1'h0;
    exp_op1 = 4'hA;
    exp_op2 = 4'hA;
    final_bias = 4'hA;
    final_exp = 7'h2A;
    final_man = 8'hAA;
    final_sign = 1'h0;
    man_op1 = 3'h2;
    man_op2 = 3'h2;
    normalized_count = 4'hA;
    normalized_exp = 4'hA;
    normalized_man = 6'h2A;
    output_man = 3'h2;
    rg_operands = 21'h0AAAAA;
    rounded_man = 3'h2;
    sign_op1 = 1'h0;
    sign_op2 = 1'h0;
    stage = 3'h2;
    stage1_output = 8'hAA;
    stage2_output = 8'hAA;
    stage3_output = 8'hAA;
    stage4_output = 8'hAA;
    stage5_output = 8'hAA;
    status_flags = 3'h2;
    temp2_exp_int = 7'h2A;
    temp3_exp_int = 7'h2A;
    temp4_exp_int = 7'h2A;
    temp5_exp_int = 7'h2A;
  end
  `endif // BSV_NO_INITIAL_BLOCKS
  // synopsys translate_on

  // handling of system tasks

  // synopsys translate_off
  always@(negedge CLK)
  begin
    #0;
    if (RST_N != `BSV_RESET_VALUE) $display("status flags : ", status_flags);
    if (RST_N != `BSV_RESET_VALUE)
      $display("STAGE 5 OUTPUT : sign : ",
	       stage5_output[7],
	       " exponent : ",
	       stage5_output[6:3],
	       " mantissa : ",
	       stage5_output[2:0]);
  end
  // synopsys translate_on
endmodule  // cfloat8_mul